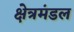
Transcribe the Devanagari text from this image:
क्षेत्रमंडल